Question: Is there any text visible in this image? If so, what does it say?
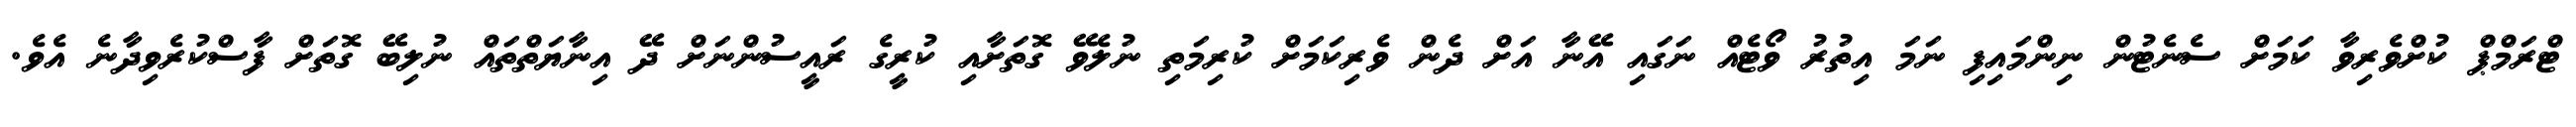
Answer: ޓްރަމްޕް ކުށްވެރިވާ ކަމަށް ސެނެޓުން ނިންމައިފި ނަމަ އިތުރު ވޯޓެއް ނަގައި އޭނާ އަށް ދެން ވެރިކަމަށް ކުރިމަތި ނުލެވޭ ގޮތަށާއި ކުރީގެ ރައީސުންނަށް ދޭ އިނާޔަތްތައް ނުލިބޭ ގޮތަށް ފާސްކުރެވިދާނެ އެވެ.